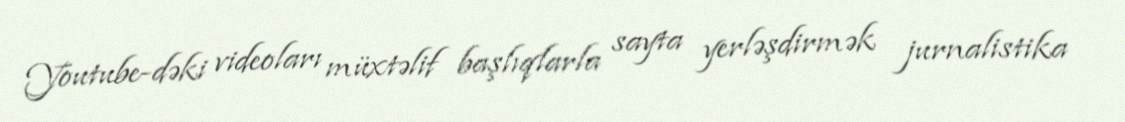
Youtube-dəki videoları müxtəlif başlıqlarla sayta yerləşdirmək jurnalistika